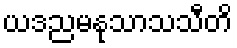
ယဒညမနုသာသသီတိ